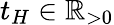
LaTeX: t_{H}\in\mathbb{R}_{>0}